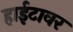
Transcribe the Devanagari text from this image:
हाईटावर